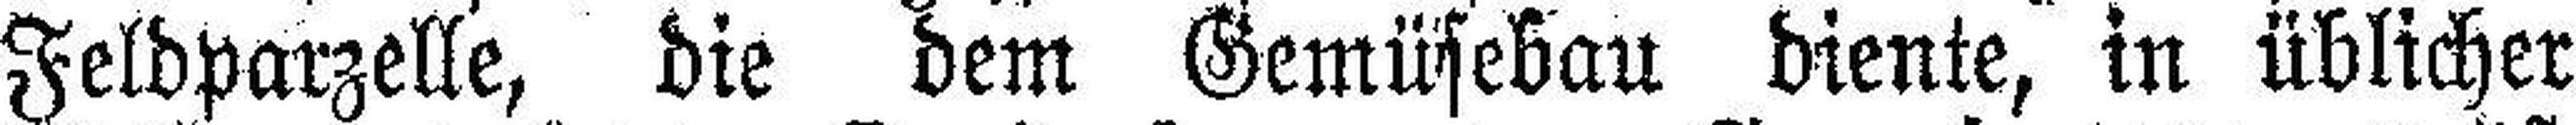
Feldparzelle, die dem Gemüsebau diente, in üblicher